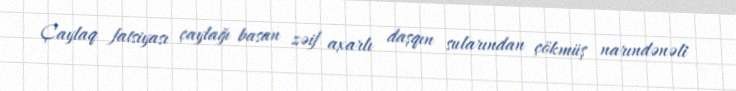
Çaylaq fatsiyası çaylağı basan zəif axarlı daşqın sularından çökmüş narındənəli